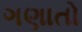
ગણાતો